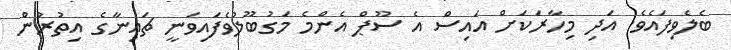
ބެލެވިފައެވެ. އަދި މިހާރަކަށް އައިސް އެ ސޫޕް އެންމެ މަގުބޫލުވެފައިވަނީ ޗައިނާގެ އިތުރުން